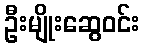
ဦးမျိုးဆွေဝင်း